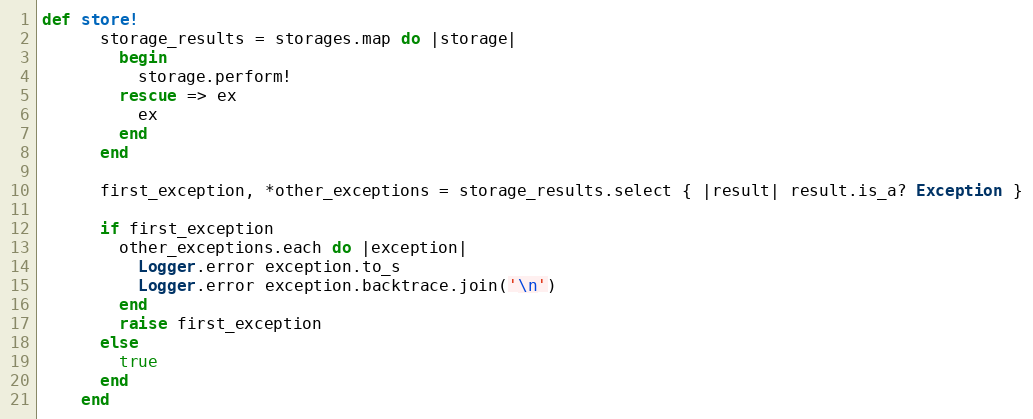
Language: Ruby
def store!
      storage_results = storages.map do |storage|
        begin
          storage.perform!
        rescue => ex
          ex
        end
      end

      first_exception, *other_exceptions = storage_results.select { |result| result.is_a? Exception }

      if first_exception
        other_exceptions.each do |exception|
          Logger.error exception.to_s
          Logger.error exception.backtrace.join('\n')
        end
        raise first_exception
      else
        true
      end
    end